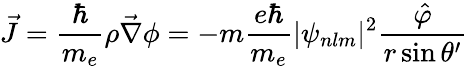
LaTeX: \vec{J}=\frac{\hbar}{m_{e}}\rho\vec{\nabla}\phi=-m\frac{e\hbar}{m_{e}}|\psi_{nlm}|^{2}\frac{\hat{\varphi}}{r\sin\theta^{\prime}}